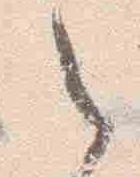
之